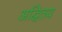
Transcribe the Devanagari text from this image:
अद्धितय